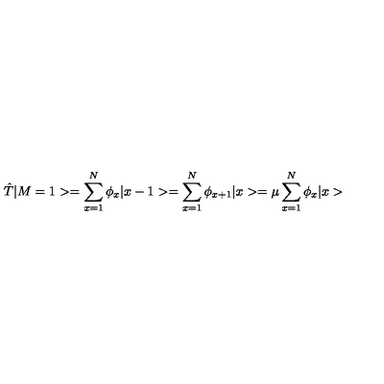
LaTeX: \hat { T } | M = 1 > = \sum _ { x = 1 } ^ { N } \phi _ { x } | x - 1 > = \sum _ { x = 1 } ^ { N } \phi _ { x + 1 } | x > = \mu \sum _ { x = 1 } ^ { N } \phi _ { x } | x >